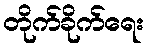
တိုက်ခိုက်ရေး